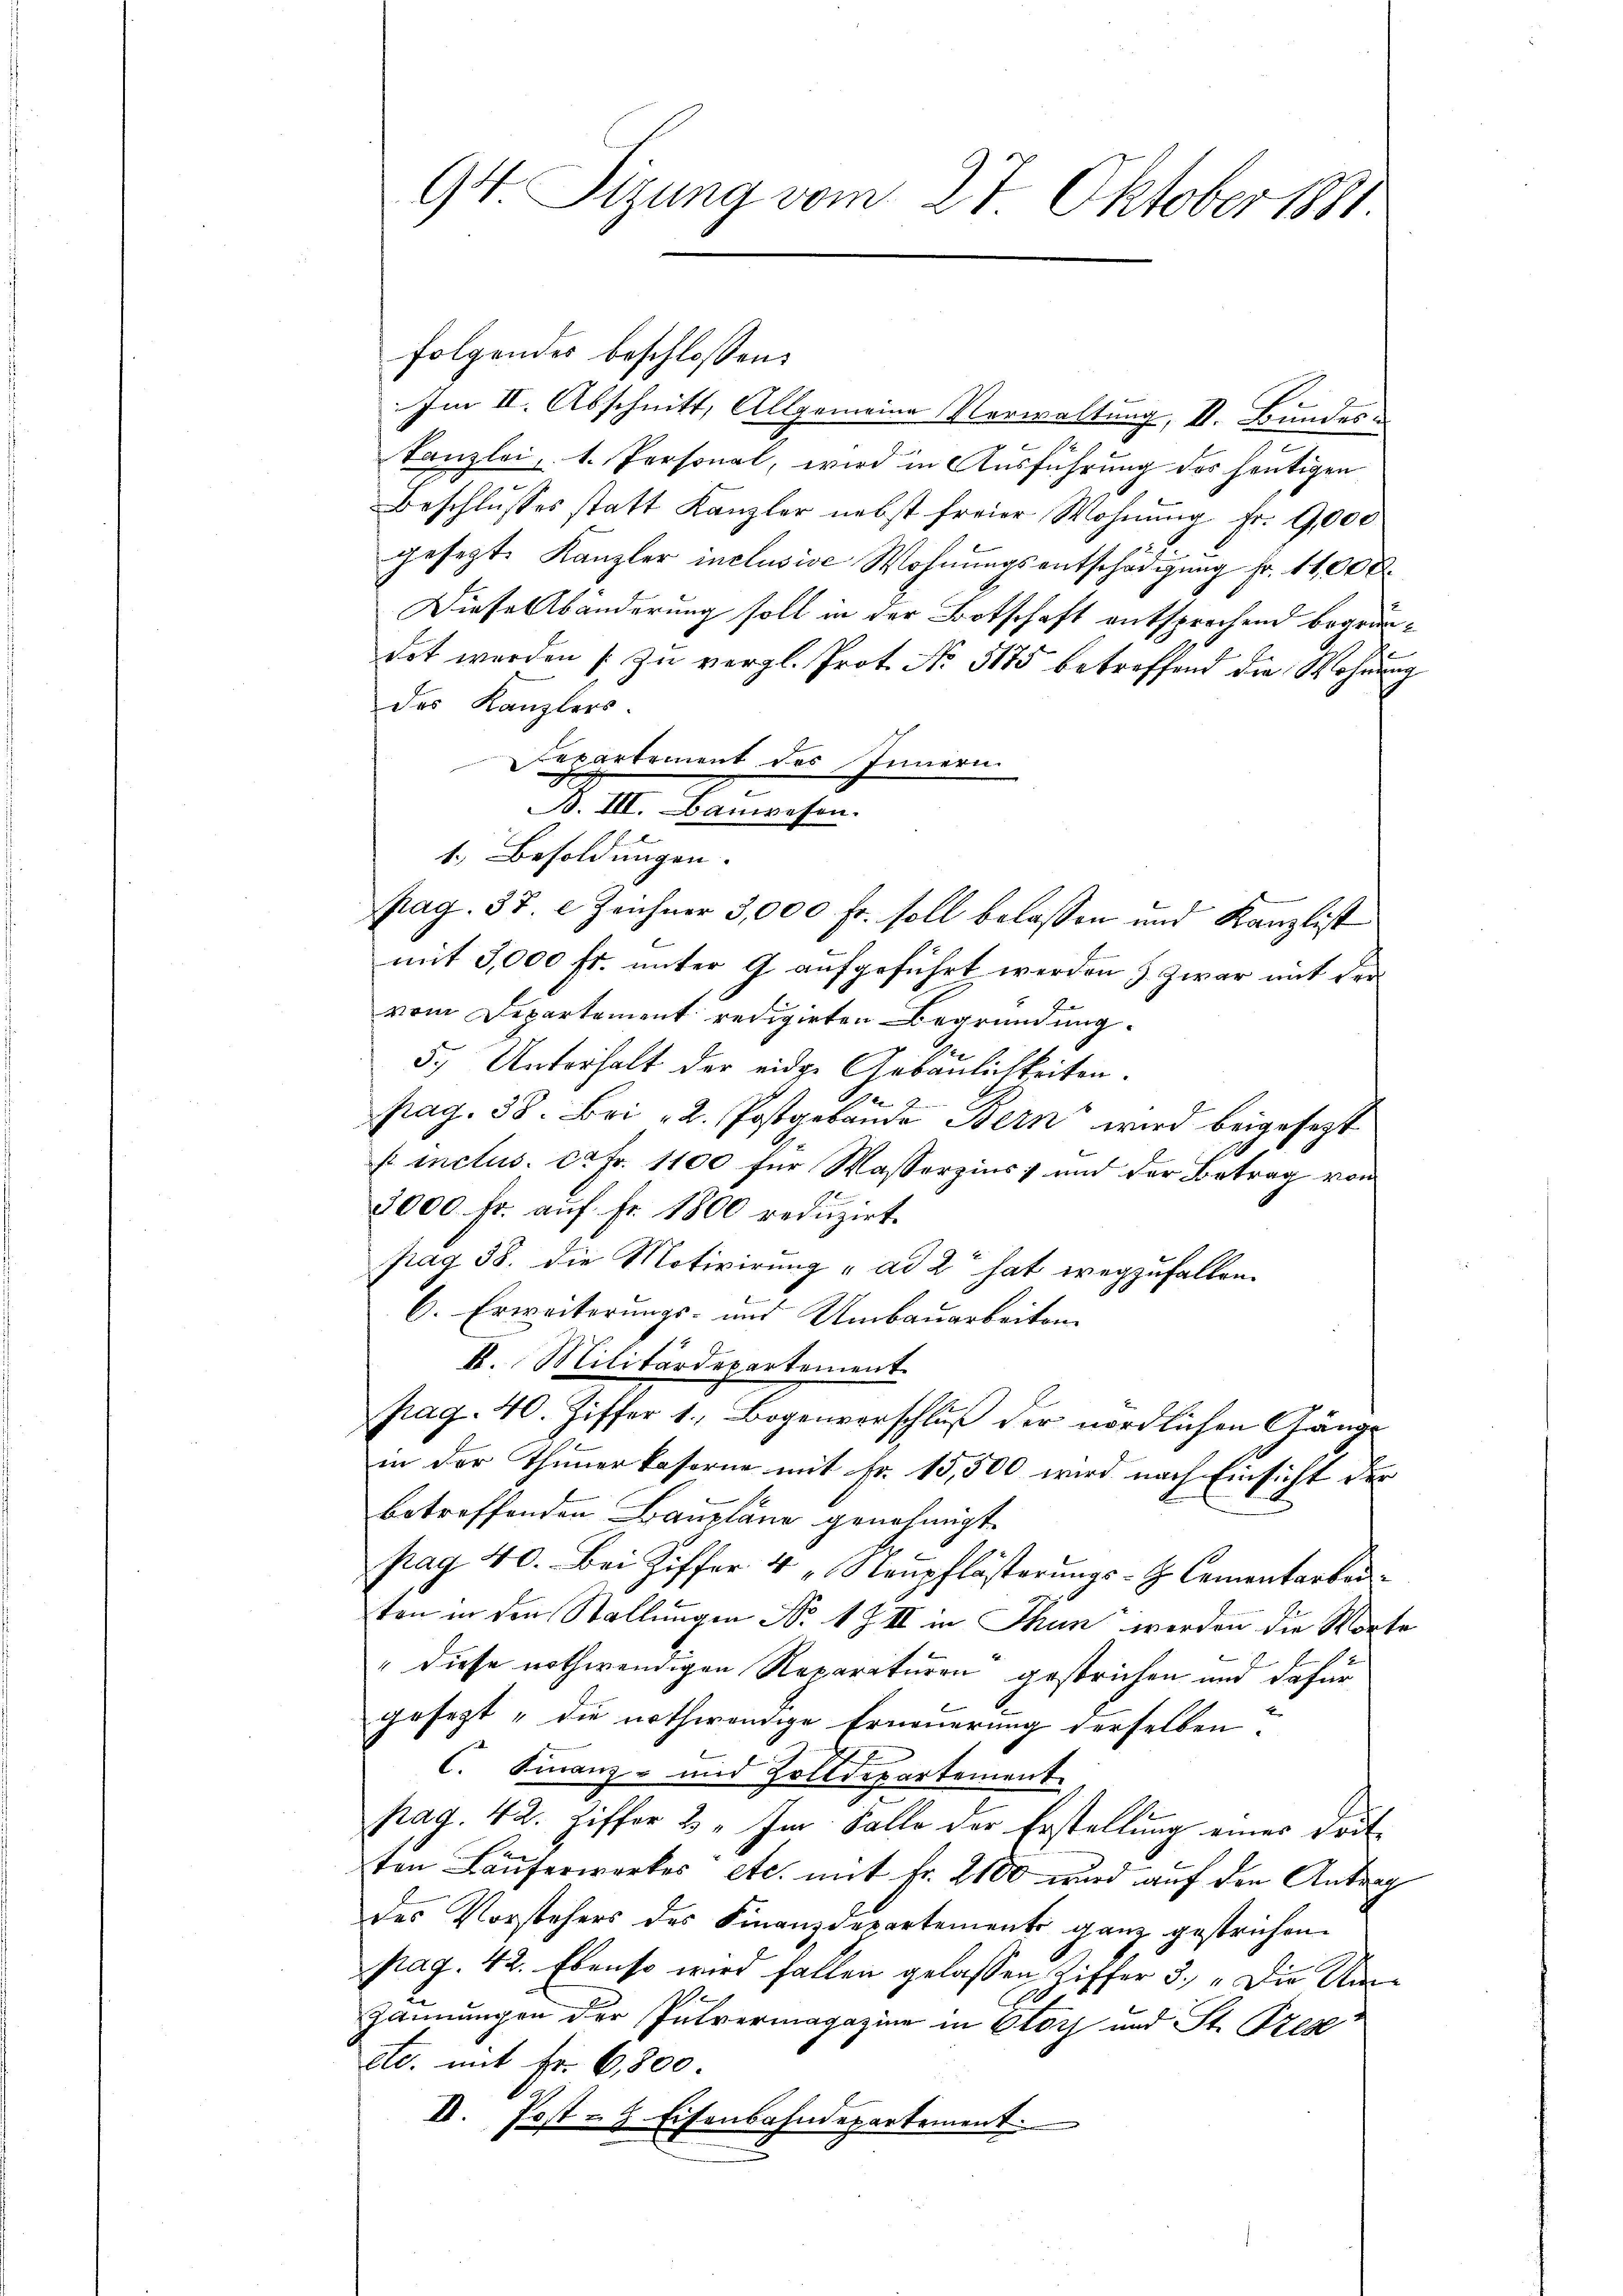
94 Sizung vom 27. Oktober 1881.

folgendes beschlossen:
Im II. Abschnitt, Allgemeine Verwaltung, II. Bundeskanzlei, 1. Personal, wird in Ausführung des heutigen
Beschlŭsses statt Kanzler nebst freier Wohnŭng fr. 9,000
gesezt. Kanzler inclusive Wohnungsentschädigung fr. 11,000.
Diese Abänderung soll in der Botschaft entsprechend begründet werden zŭ vergl. Prot. No. 5175 betreffend die Wohnŭng
des Kanzlers.
Repartement des Innern
. II. Kreimachen
1.) Besoldungen.
pag. 37. e Zeichner 3,000 fr. soll belassen und Kanzlist
mit 3,000 fr. unter 9 aufgeführt werden & zwar mit der
vom Departement redigirten Begründung.
5.) Unterhalt der eidge Gebäulichkeiten.
pag. 38. Bri 2. Postgebäŭde Bern wird beigesezt
 inclus. ca Fr. 1100 für Wasserzins und der Betrag von
2000 fr. auf Fr. 1800 reduzirt.
pag. 38. die Motivirung ad 2 hat wegzufallen.
6. Erweiterungs- und Umbauarbeiten
K. Militärdepartement
pag. 40. Ziffer 1. Begenverschluß der nördlichen Gänge
in der Thimmerkaserne mit Fr. 15,500 wird nach Einsicht der
betreffenden Baupläne genehmigt.
pag. 40. Bei Ziffer 4 "Neupflästerungs-G. Cementarbeiten in den Stellungen No 1 Z II in Thun werden die Worte
" diese nothwendigen Reparaturen gestrichen und dafür
gesezt "die nothwendige Erneuerung derselben.
C. Finanz- und Zolldepartement
pag. 42. Ziffer 2. Im Falle der Erstellung eines Drit
ten Läuferwerkes etc. mit fr. 2100 wird auf den Antrag
des Vorstehers des Finanzdepartement ganz gestrichen.
pag. 42. Ebenso wird fallen gelassen Ziffer 3. „Die Win¬
1.
Zannungen der Intrermagazine in Otör und St. Gege
etc. mit Fr. 6,800
II. Post- & Eisenbahndepartement.